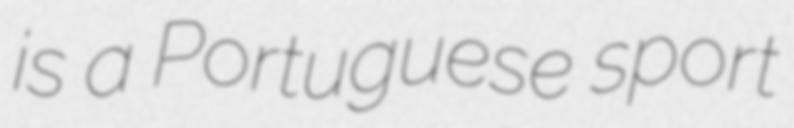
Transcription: is a Portuguese sport